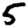
Digit: 5